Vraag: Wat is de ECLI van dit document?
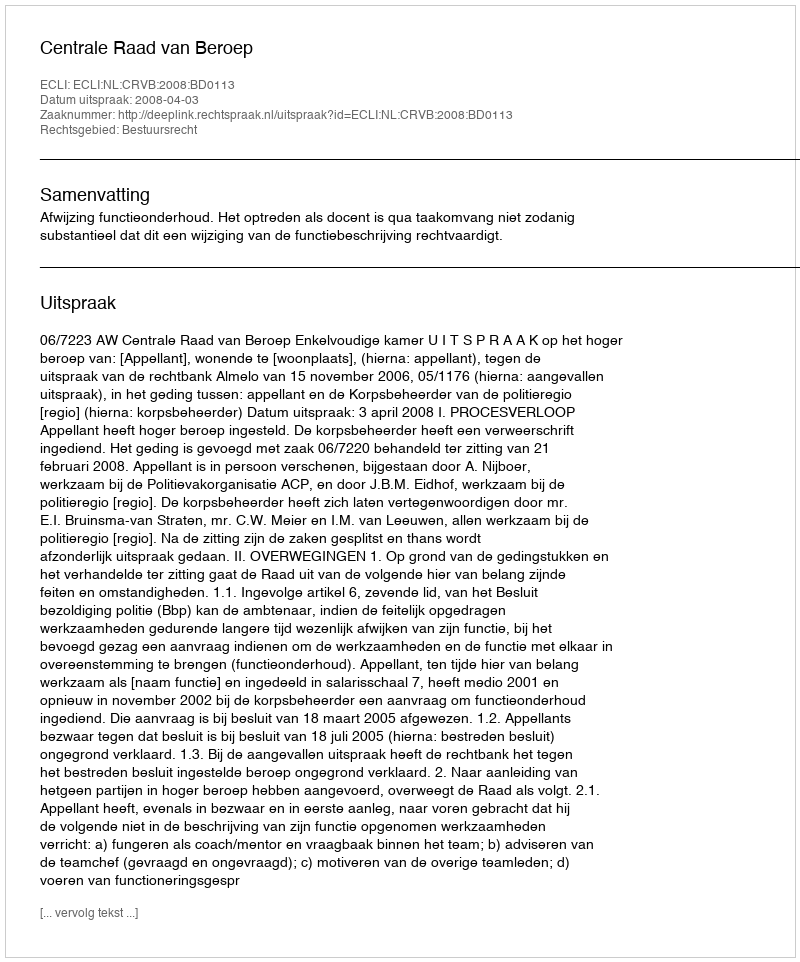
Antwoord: ECLI:NL:CRVB:2008:BD0113